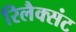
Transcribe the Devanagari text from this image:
रिलैक्संट